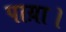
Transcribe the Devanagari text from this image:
पाय़ा।